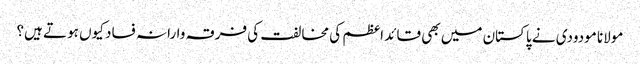
مولانا مودودی نے پاکستان میں بھی قائد اعظم کی مخالفت کی	فرقہ وارانہ فساد کیوں ہوتے ہیں؟